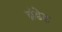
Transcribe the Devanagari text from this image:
ब्रंडेड